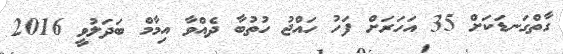
ގާތްގަނޑަކަށް 35 އަހަރަށް ފަހު ހައްޖު ހުތުބާ ދެއްވާ އިމާމް ބަދަލުވީ 2016